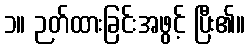
၁။ ဉတ်ထားခြင်းအဖွင့် ပြီး၏။